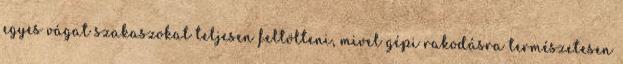
egyes vágat szakaszokat teljesen feltölteni, mivel gépi rakodásra természetesen